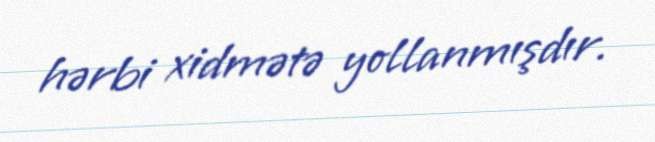
hərbi xidmətə yollanmışdır.